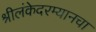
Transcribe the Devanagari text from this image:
श्रीलंकेदरम्यानचा